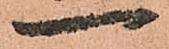
一